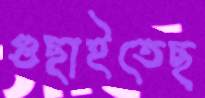
গুছাইতেছ